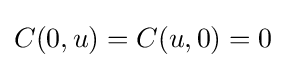
C(0,u)=C(u,0)=0